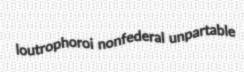
loutrophoroi nonfederal unpartable